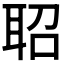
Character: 𬚖